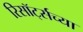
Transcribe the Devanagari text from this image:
रिसॉर्ट्सच्या